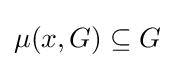
\mu (x,G)\subseteq G